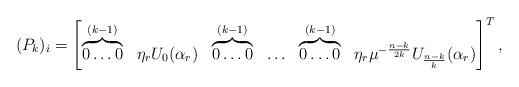
LaTeX: \begin{align*}(P_k)_i=\begin{bmatrix}\overbrace{0 \ldots 0}^{(k-1)} & \eta_r U_0(\alpha_r) & \overbrace{0 \ldots 0}^{(k-1)} & \ldots & \overbrace{0 \ldots 0}^{(k-1)} & \eta_r \mu^{-\frac{n-k}{2k}} U_{\frac{n-k}{k}}(\alpha_r)\end{bmatrix}^{T}, \end{align*}